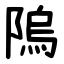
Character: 隖